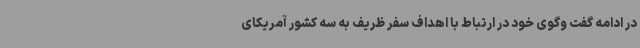
در ادامه گفت وگوی خود در ارتباط با اهداف سفر ظریف به سه کشور آمریکای